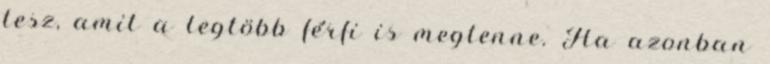
tesz, amit a legtöbb férﬁ is megtenne. Ha azonban